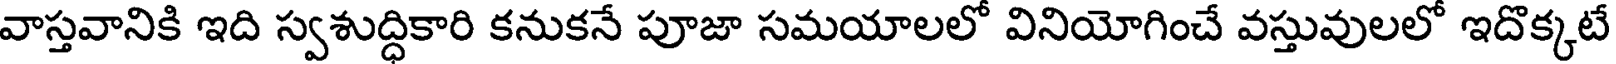
వాస్తవానికి ఇది స్వశుద్ధికారి కనుకనే పూజా సమయాలలో వినియోగించే వస్తువులలో ఇదొక్కటే